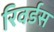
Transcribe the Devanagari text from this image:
रिवर्डस